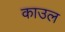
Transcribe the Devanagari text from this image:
काउल